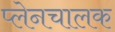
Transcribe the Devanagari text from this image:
प्लेनचालक